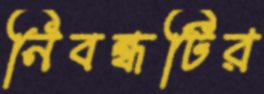
নিবন্ধটির